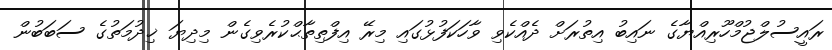
ރައީސުލްޖުމްހޫރިއްޔާގެ ނައިބު އިތުރަށް ދެއްކެވި ވާހަކަފުޅުގައި މިރޭ އިފްތިތާޙްކުރެވިގެން މިދިޔަ ޚިދުމަތުގެ ސަބަބުން